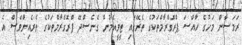
ރަމަޟާން މަހުގެ ހާއްސަ ޕްރޮގްރާމްތަކުގެ ތެރޭގައި ޓީވީއެމުން ގެނެސްދޭ ޕްރޮގްރާމްތަކުގެ ތެރެއިންވެސް އެ